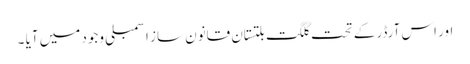
اور اس آرڈر کے تحت گلگت بلتستان قانون ساز اسمبلی وجود میں آیا ۔